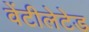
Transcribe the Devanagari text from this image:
वेंटीलेटेड